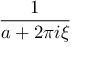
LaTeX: \frac { 1 } { a + 2 \pi i \xi }